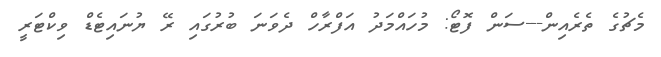
މެޗުގެ ތެރެއިން---ސަން ފޮޓޯ: މުހައްމަދު އަފްރާހް ދެވަނަ ބުރުގައި ރޭ ޔުނައިޓެޑް ވިކްޓަރީ